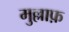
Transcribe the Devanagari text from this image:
मुल्लाफ़